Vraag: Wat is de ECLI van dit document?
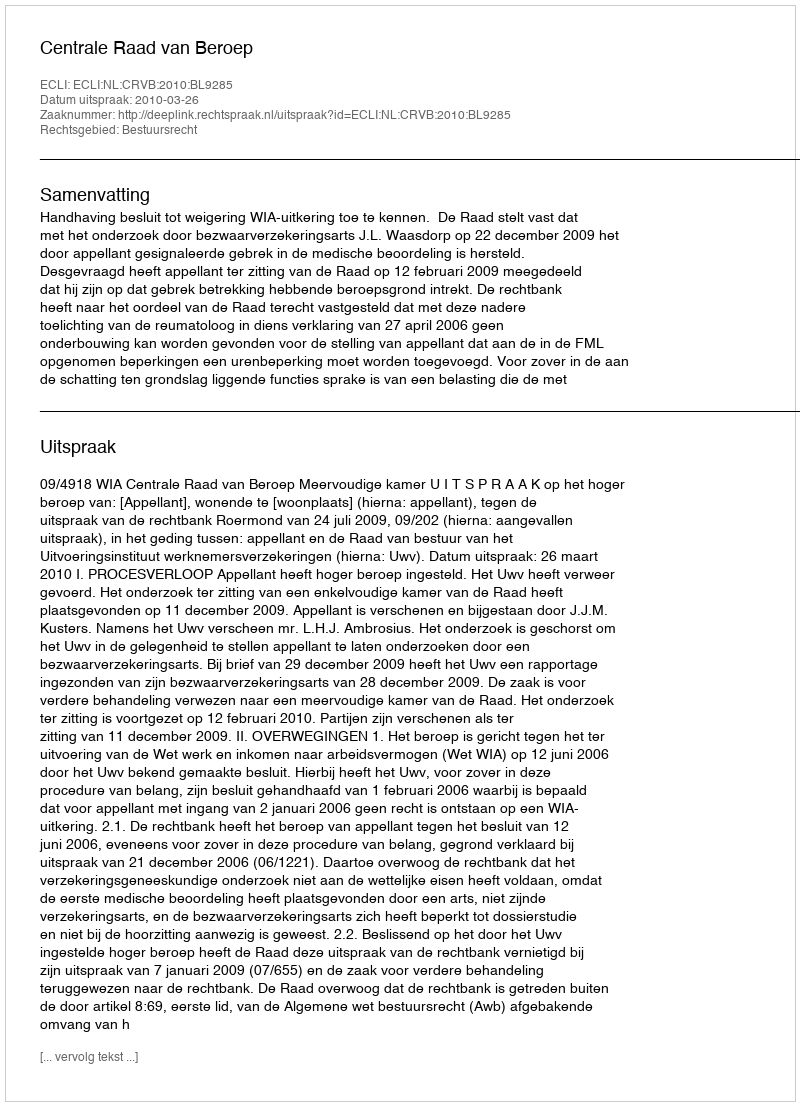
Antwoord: ECLI:NL:CRVB:2010:BL9285